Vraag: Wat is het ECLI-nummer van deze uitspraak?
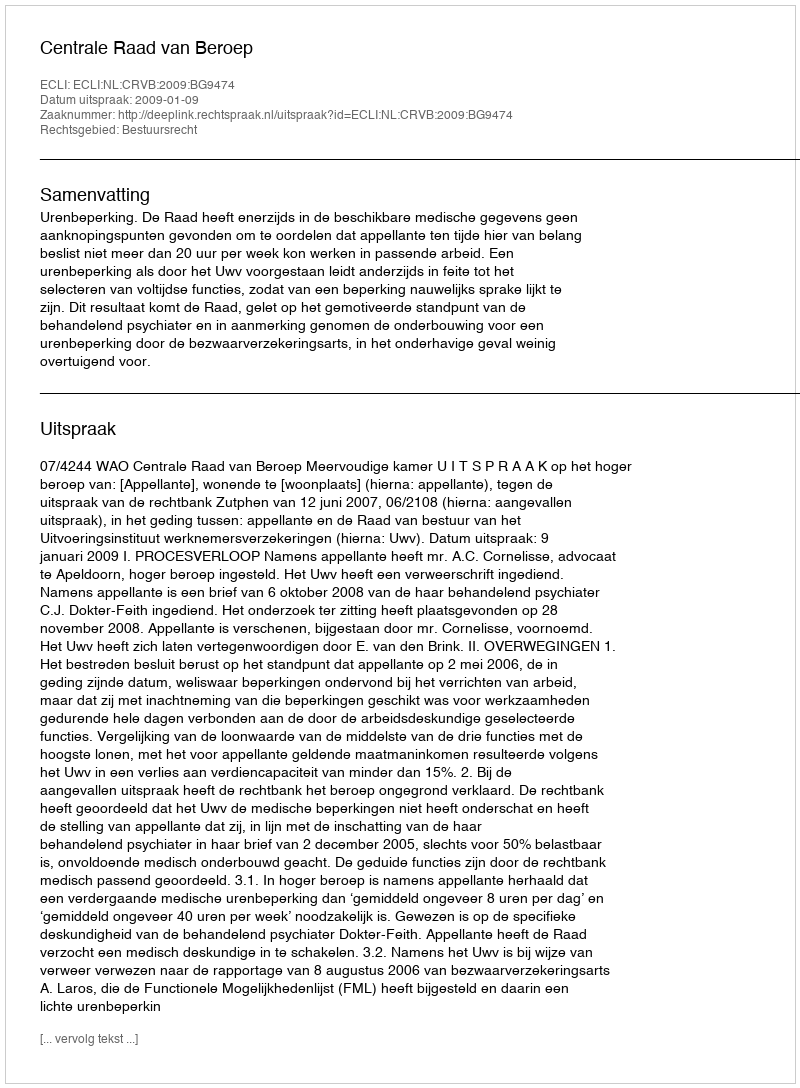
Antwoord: ECLI:NL:CRVB:2009:BG9474